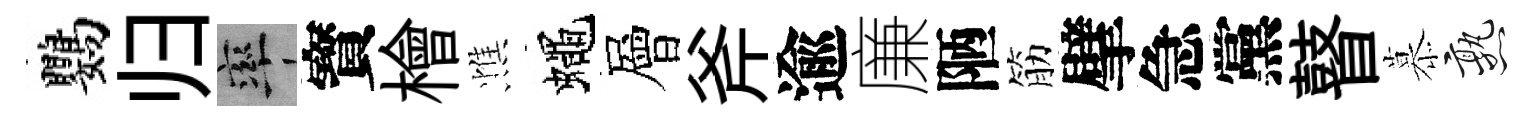
鸚归率寳檜憔蠅層斧逾廉陋筋擘急黨瞽慕熟